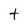
Character: t